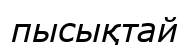
пысықтай